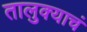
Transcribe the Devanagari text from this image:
तालुक्याचं